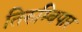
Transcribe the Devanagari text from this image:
तिरुम्बिपार